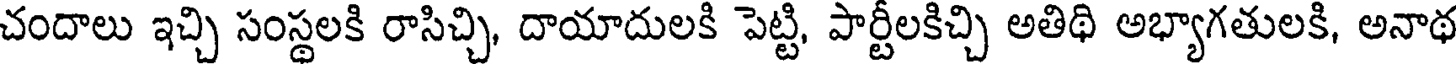
చందాలు ఇచ్చి సంస్థలకి రాసిచ్చి, దాయాదులకి పెట్టి, పార్టీలకిచ్చి అతిథి అభ్యాగతులకి, అనాథ